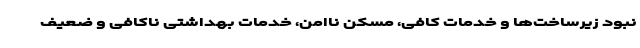
نبود زیرساخت‌ها و خدمات کافی، مسکن ناامن، خدمات بهداشتی ناکافی و ضعیف